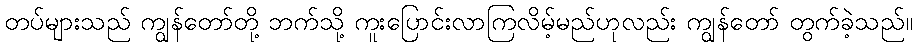
တပ်များသည် ကျွန်တော်တို့ ဘက်သို့ ကူးပြောင်းလာကြလိမ့်မည်ဟုလည်း ကျွန်တော် တွက်ခဲ့သည်။